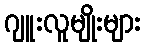
ဂျူးလူမျိုးများ